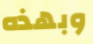
وبهذه